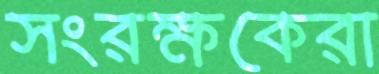
সংরক্ষকেরা